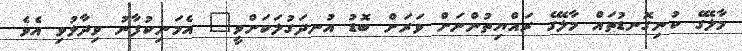
މާލޭގެ ކުނިގޮނޑުތައް މާލޭގެ ރައްޔިތުންނަށް ވަރަށް ބޮޑު އުނދަގުލަކަށްވީ" އެމަނިކުފާނު ވިދާޅުވި އެވެ.